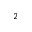
_ { 2 }